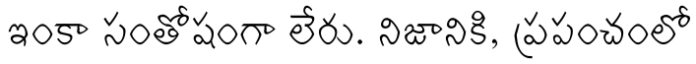
ఇంకా సంతోషంగా లేరు. నిజానికి, ప్రపంచంలో